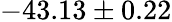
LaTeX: -43.13\pm 0.22